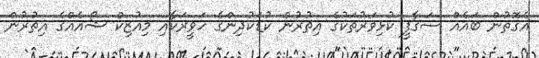
އެގޮތުން ބައެއް ސަގާފީ ކުޅިވަރުތަކުގެ އިތުރުން ކުޑަކުދިންގެ ހަވީރަކާއި މިއުޒިކް ޝޯއެއްގެ އިތުރުން